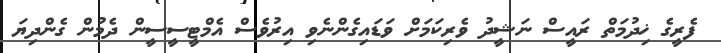
ފެރީގެ ޚިދުމަތް ރައީސް ނަޝީދު ވެރިކަމަށް ވަޑައިގެންނެވި އިރުވެސް އެމްޓީސީސީން ދެމުން ގެންދިޔަ